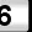
Digit: 6